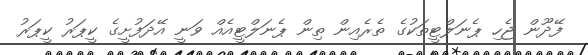
ފޭދޫން ޖެހި ޕެނަލްޓީތަކުގެ ތެރެއިން ތިން ޕެނަލްޓީއެއް ވަނީ އޭދަފުށީގެ ކީޕަރު ކީޕަރު